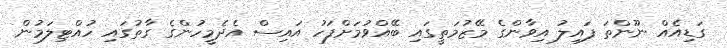
ގަޑިއެއް ނޫންތަ ފައިލު އިވާންގެ މޭޒުމަތީގައި ބޭއްވުމަށްފަހު އައިސް އެދެމީހުންގެ ގާތުގައި ހުއްޓިލަމުން